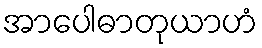
အာပေါဓာတုယာဟံ